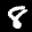
Label: 8